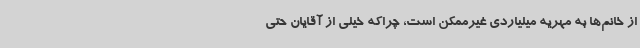
از خانم‌ها به مهریه میلیاردی غیرممکن است، چراکه خیلی از آقایان حتی